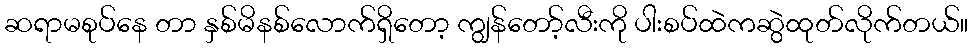
ဆရာမစုပ်နေ တာ နှစ်မိနစ်လောက်ရှိတော့ ကျွန်တော့်လီးကို ပါးစပ်ထဲကဆွဲထုတ်လိုက်တယ်။